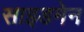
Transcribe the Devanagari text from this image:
साइडमेन